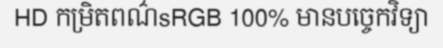
HD កម្រិតពណ៌sRGB 100% មានបច្ចេកវិទ្យា